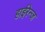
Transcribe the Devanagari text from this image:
हाईरेन्ज